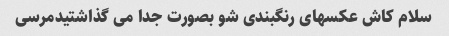
سلام کاش عکسهای رنگبندی شو بصورت جدا می گذاشتیدمرسی